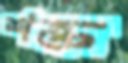
শক্ত